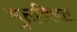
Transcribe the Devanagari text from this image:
मुक्तविचार